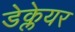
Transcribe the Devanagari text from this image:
डेक्लेयर